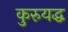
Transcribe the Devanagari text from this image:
कुरुयद्ध